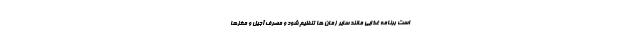
است برنامه غذایی مانند سایر زمان ها تنظیم شود و مصرف آجیل و مغزها